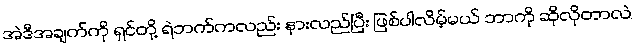
အဲဒီအချက်ကို ရှင်တို့ ရဲဘက်ကလည်း နားလည်ပြီး ဖြစ်ပါလိမ့်မယ် ဘာကို ဆိုလိုတာလဲ